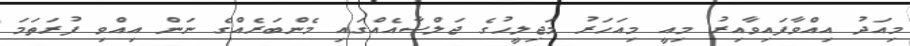
މިއަދު އިއްވާފައިވާއިރު މިއީ މިއަހަރު މަޖިލީހުގެ ޖަލްސާއެއްގައި މެންބަރެއްގެ ނަން އިއްވި ފުރަތަމަ